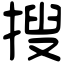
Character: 搜